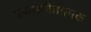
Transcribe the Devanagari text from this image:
प्रणयगीतात्मक